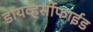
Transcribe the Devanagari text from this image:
डायव्हर्सीफाईड